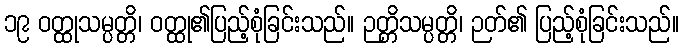
၁၉ ဝတ္ထုသမ္ပတ္တိ၊ ဝတ္ထု၏ပြည့်စုံခြင်းသည်။ ဉတ္တိသမ္ပတ္တိ၊ ဉတ်၏ ပြည့်စုံခြင်းသည်။